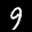
Label: 9